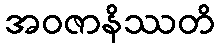
အဝဇာနိဿတိ